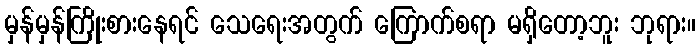
မှန်မှန်ကြိုးစားနေရင် သေရေးအတွက် ကြောက်စရာ မရှိတော့ဘူး ဘုရား။